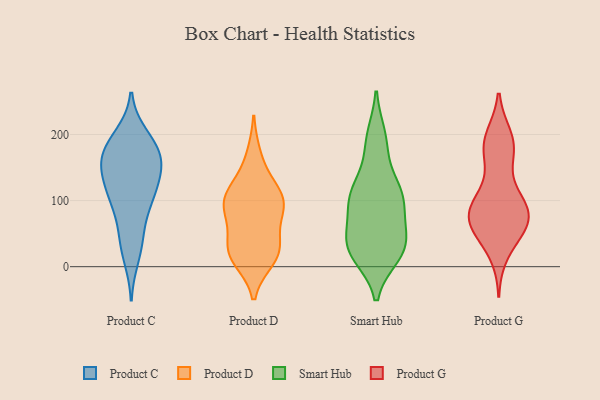
{"axis": {"x": "Net Income (USD K)", "y": "Value"}, "legend": ["Product C", "Product D", "Product G", "Smart Hub"], "data": [{"x": "", "y": 199, "type": "Product C"}, {"x": "", "y": 193, "type": "Product C"}, {"x": "", "y": 153, "type": "Product C"}, {"x": "", "y": 178, "type": "Product C"}, {"x": "", "y": 156, "type": "Product C"}, {"x": "", "y": 13, "type": "Product C"}, {"x": "", "y": 134, "type": "Product C"}, {"x": "", "y": 112, "type": "Product C"}, {"x": "", "y": 109, "type": "Product C"}, {"x": "", "y": 174, "type": "Product C"}, {"x": "", "y": 149, "type": "Product C"}, {"x": "", "y": 95, "type": "Product C"}, {"x": "", "y": 163, "type": "Product C"}, {"x": "", "y": 50, "type": "Product C"}, {"x": "", "y": 41, "type": "Product C"}, {"x": "", "y": 100, "type": "Product C"}, {"x": "", "y": 95, "type": "Product D"}, {"x": "", "y": 127, "type": "Product D"}, {"x": "", "y": 167, "type": "Product D"}, {"x": "", "y": 19, "type": "Product D"}, {"x": "", "y": 29, "type": "Product D"}, {"x": "", "y": 68, "type": "Product D"}, {"x": "", "y": 101, "type": "Product D"}, {"x": "", "y": 24, "type": "Product D"}, {"x": "", "y": 26, "type": "Product D"}, {"x": "", "y": 106, "type": "Product D"}, {"x": "", "y": 95, "type": "Product D"}, {"x": "", "y": 91, "type": "Product D"}, {"x": "", "y": 12, "type": "Product D"}, {"x": "", "y": 178, "type": "Smart Hub"}, {"x": "", "y": 48, "type": "Smart Hub"}, {"x": "", "y": 105, "type": "Smart Hub"}, {"x": "", "y": 106, "type": "Smart Hub"}, {"x": "", "y": 127, "type": "Smart Hub"}, {"x": "", "y": 76, "type": "Smart Hub"}, {"x": "", "y": 29, "type": "Smart Hub"}, {"x": "", "y": 107, "type": "Smart Hub"}, {"x": "", "y": 100, "type": "Smart Hub"}, {"x": "", "y": 23, "type": "Smart Hub"}, {"x": "", "y": 194, "type": "Smart Hub"}, {"x": "", "y": 52, "type": "Smart Hub"}, {"x": "", "y": 107, "type": "Smart Hub"}, {"x": "", "y": 44, "type": "Smart Hub"}, {"x": "", "y": 18, "type": "Smart Hub"}, {"x": "", "y": 113, "type": "Smart Hub"}, {"x": "", "y": 31, "type": "Smart Hub"}, {"x": "", "y": 17, "type": "Smart Hub"}, {"x": "", "y": 23, "type": "Smart Hub"}, {"x": "", "y": 197, "type": "Smart Hub"}, {"x": "", "y": 186, "type": "Product G"}, {"x": "", "y": 69, "type": "Product G"}, {"x": "", "y": 101, "type": "Product G"}, {"x": "", "y": 82, "type": "Product G"}, {"x": "", "y": 177, "type": "Product G"}, {"x": "", "y": 21, "type": "Product G"}, {"x": "", "y": 51, "type": "Product G"}, {"x": "", "y": 169, "type": "Product G"}, {"x": "", "y": 195, "type": "Product G"}, {"x": "", "y": 110, "type": "Product G"}, {"x": "", "y": 84, "type": "Product G"}, {"x": "", "y": 62, "type": "Product G"}, {"x": "", "y": 188, "type": "Product G"}, {"x": "", "y": 83, "type": "Product G"}, {"x": "", "y": 61, "type": "Product G"}, {"x": "", "y": 91, "type": "Product G"}, {"x": "", "y": 65, "type": "Product G"}]}